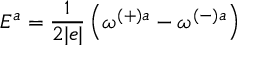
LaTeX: E ^ { a } = \frac { 1 } { 2 | e | } \left( \omega ^ { ( + ) a } - \omega ^ { ( - ) a } \right)